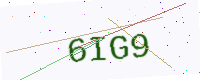
Text: 6IG9